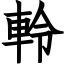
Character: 軨